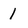
Character: 1